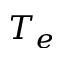
T _ { e }